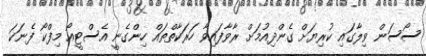
ސޯސަން ވިލާގައި ކުރިޔަށް ގެންދިއުމަށް ރާވާފައިވާ ހަރަކާތްތައް ހިންގެނީ އެސްޓީއޯ މިފްކޯ ފެނަކަ